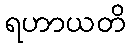
ရဟာယတိ